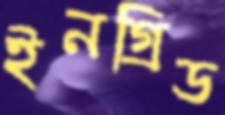
ইনগ্রিড